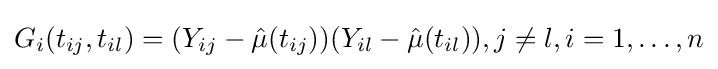
G_{i}(t_{ij},t_{il})=(Y_{ij}-{\hat {\mu }}(t_{ij}))(Y_{il}-{\hat {\mu }}(t_{il})),j\neq l,i=1,\dots ,n